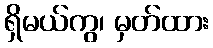
ရှိမယ်ကွ၊ မှတ်ထား